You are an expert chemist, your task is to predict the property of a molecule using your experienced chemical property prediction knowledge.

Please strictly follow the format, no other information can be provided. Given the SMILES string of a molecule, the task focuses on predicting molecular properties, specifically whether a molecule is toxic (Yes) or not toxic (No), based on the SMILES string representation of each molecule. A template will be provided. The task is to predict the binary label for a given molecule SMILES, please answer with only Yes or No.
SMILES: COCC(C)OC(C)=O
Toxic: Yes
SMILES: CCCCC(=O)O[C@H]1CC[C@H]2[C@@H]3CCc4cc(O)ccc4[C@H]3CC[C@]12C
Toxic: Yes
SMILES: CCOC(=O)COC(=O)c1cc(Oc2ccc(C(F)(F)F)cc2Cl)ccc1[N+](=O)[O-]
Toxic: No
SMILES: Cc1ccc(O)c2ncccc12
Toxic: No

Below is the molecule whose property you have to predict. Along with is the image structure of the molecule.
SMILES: CC1=CC2C3CC(C=C3C)C2C1
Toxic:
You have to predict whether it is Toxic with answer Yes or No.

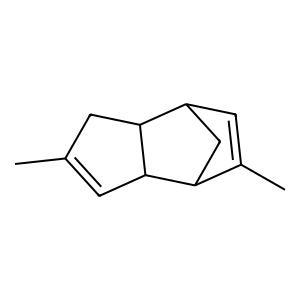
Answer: No